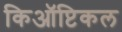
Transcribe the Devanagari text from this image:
किऑप्टिकल